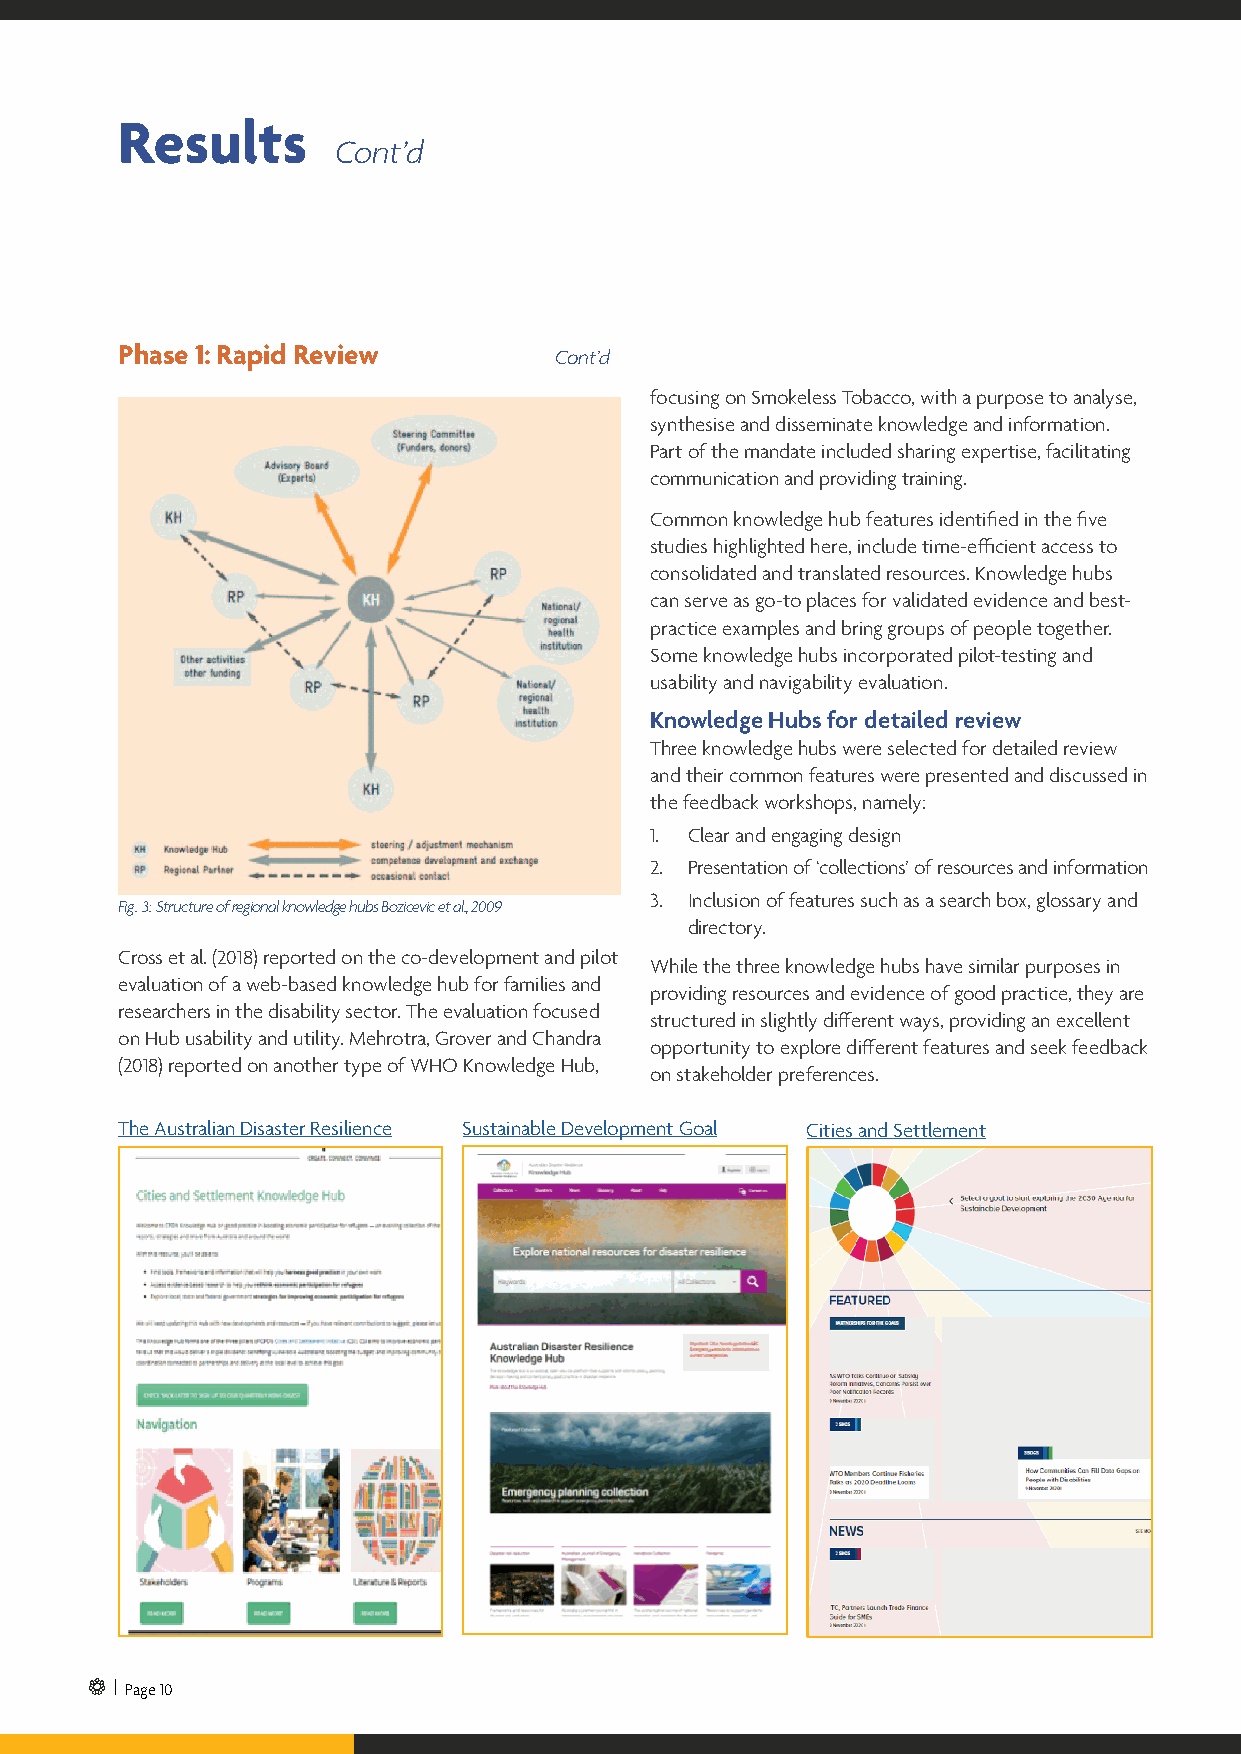
Results
 Cont’d
 Phase 1: Rapid Review        Cont’d
 focusing on Smokeless Tobacco, with a purpose to analyse,
 synthesise and disseminate knowledge and information.
 Part of the mandate included sharing expertise, facilitating
 communication and providing training.
 Common knowledge hub features identified in the five
 studies highlighted here, include time-efficient access to
 consolidated and translated resources. Knowledge hubs
 can serve as go-to places for validated evidence and best-
 practice examples and bring groups of people together.
 Some knowledge hubs incorporated pilot-testing and
 usability and navigability evaluation.
 Knowledge Hubs for detailed review
 Three knowledge hubs were selected for detailed review
 and their common features were presented and discussed in
 the feedback workshops, namely:
 1. Clear and engaging design
 2. Presentation of ‘collections’ of resources and information
 3. Inclusion of features such as a search box, glossary and
 Fig. 3: Structure of regional knowledge hubs Bozicevic et al., 2009
 directory.
 Cross et al. (2018) reported on the co-development and pilot
 While the three knowledge hubs have similar purposes in
 evaluation of a web-based knowledge hub for families and
 providing resources and evidence of good practice, they are
 researchers in the disability sector. The evaluation focused
 structured in slightly different ways, providing an excellent
 on Hub usability and utility. Mehrotra, Grover and Chandra
 opportunity to explore different features and seek feedback
 (2018) reported on another type of WHO Knowledge Hub,
 on stakeholder preferences.
 The Australian Disaster Resilience Sustainable Development Goal Cities and Settlement
 | Page 10